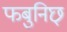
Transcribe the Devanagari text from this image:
फबुनिछ्